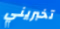
تخبريني